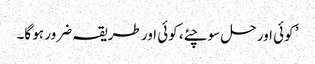
’ کوئی اور حل سوچئے، کوئی اور طریقہ ضرور ہو گا۔